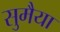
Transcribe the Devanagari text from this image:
सुमैया